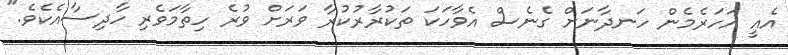
އެއީ އަހަރެމެން ހަނދާނަށް ގެނެސް އެވާހަކަ ތަކުރާރުކުރާ ވަރަށް ވުރެ ހިތާމަވެރި ހާދިސާއެކެވެ."